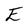
Character: E